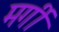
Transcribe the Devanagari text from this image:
मर्गी